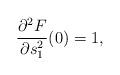
LaTeX: \begin{align*}\frac{\partial^2 F}{\partial s_1^2}(0)=1,\end{align*}